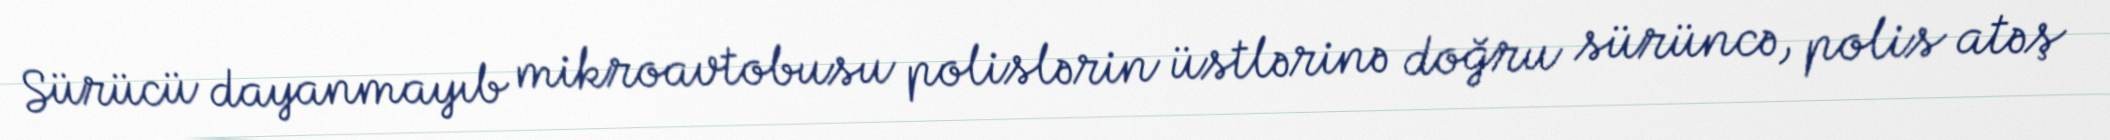
Sürücü dayanmayıb mikroavtobusu polislərin üstlərinə doğru sürüncə, polis atəş